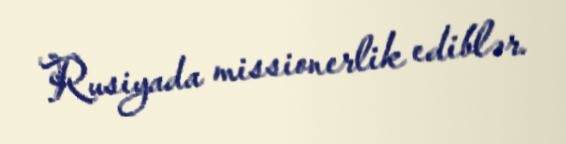
Rusiyada missionerlik ediblər.